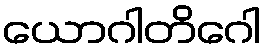
ယောဂါတိဂေါ